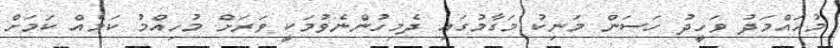
މުހައްމަދު ވަހީދު ހަސަން މަނިކު މަގާމުގައި ދެމިހުންނެވުމަކީ ވަރަށް މުހިއްމު ކަމެއް ކަމަށް